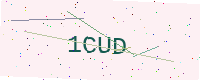
Text: 1CUD